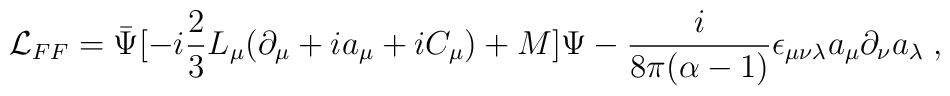
{\cal L}_{FF} =  \bar\Psi[-i\frac{2}{3}L_\mu(\partial_\mu + ia_\mu +iC_\mu) +M]\Psi- \frac{i}{8\pi(\alpha-1)}\epsilon_{\mu\nu\lambda}a_\mu\partial_\nu a_\lambda\;,